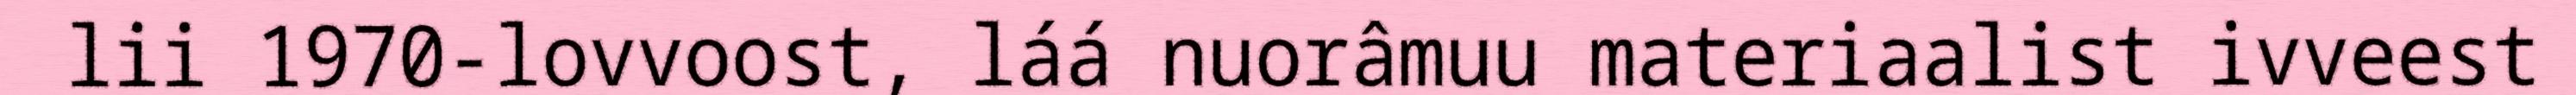
lii 1970-lovvoost, láá nuorâmuu materiaalist ivveest